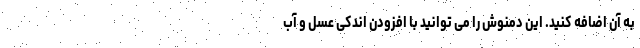
به آن اضافه کنید. این دمنوش را می توانید با افزودن اندکی عسل و آب